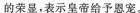
的荣显。表示皇帝给予恩宠。